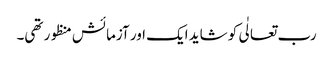
رب تعالٰی کو شاید ایک اور آزمائش منظور تھی۔